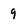
Character: 9